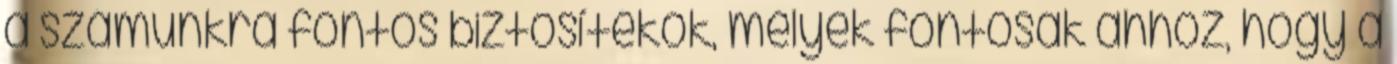
a számunkra fontos biztosítékok, melyek fontosak ahhoz, hogy a